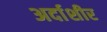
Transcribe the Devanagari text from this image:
अर्दाशीर